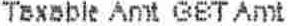
TAXABLE AMT GST AMT